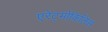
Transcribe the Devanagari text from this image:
एरेट्मोकिलिस